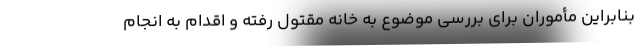
بنابراین مأموران برای بررسی موضوع به خانه مقتول رفته و اقدام به انجام